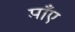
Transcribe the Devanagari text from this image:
माँए